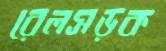
রেলসড়ক